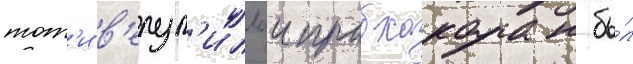
тот'и в'елуп'иллаи прабхакаран бы́л